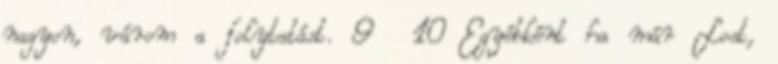
nagyon, várom a folytatást. 9 10 Egyébként ha már Lost,